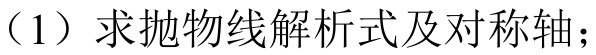
（1）求抛物线解析式及对称轴；